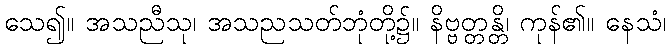
သေ၍။ အသညီသု၊ အသညသတ်ဘုံတို့၌။ နိဗ္ဗတ္တန္တိ၊ ကုန်၏။ နေသံ၊